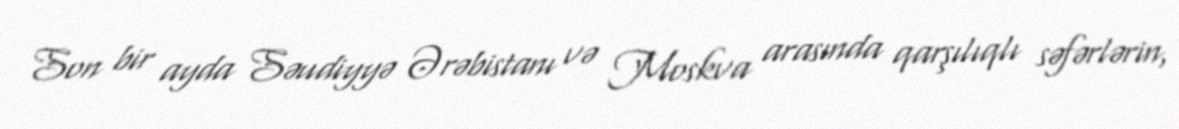
Son bir ayda Səudiyyə Ərəbistanı və Moskva arasında qarşılıqlı səfərlərin,